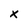
Character: x